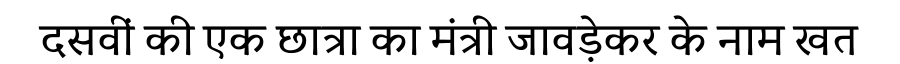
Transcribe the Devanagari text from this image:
दसवीं की एक छात्रा का मंत्री जावड़ेकर के नाम खत